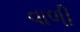
વાળી